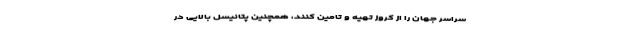
سراسر جهان را از کروز تهیه و تامین کنند، همچنین پتانیسل بالایی در